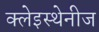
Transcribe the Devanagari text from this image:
क्लेइस्थेनीज